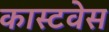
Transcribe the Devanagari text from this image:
कास्टवेस